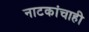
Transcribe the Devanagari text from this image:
नाटकांचाही